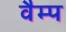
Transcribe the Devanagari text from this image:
वैम्प